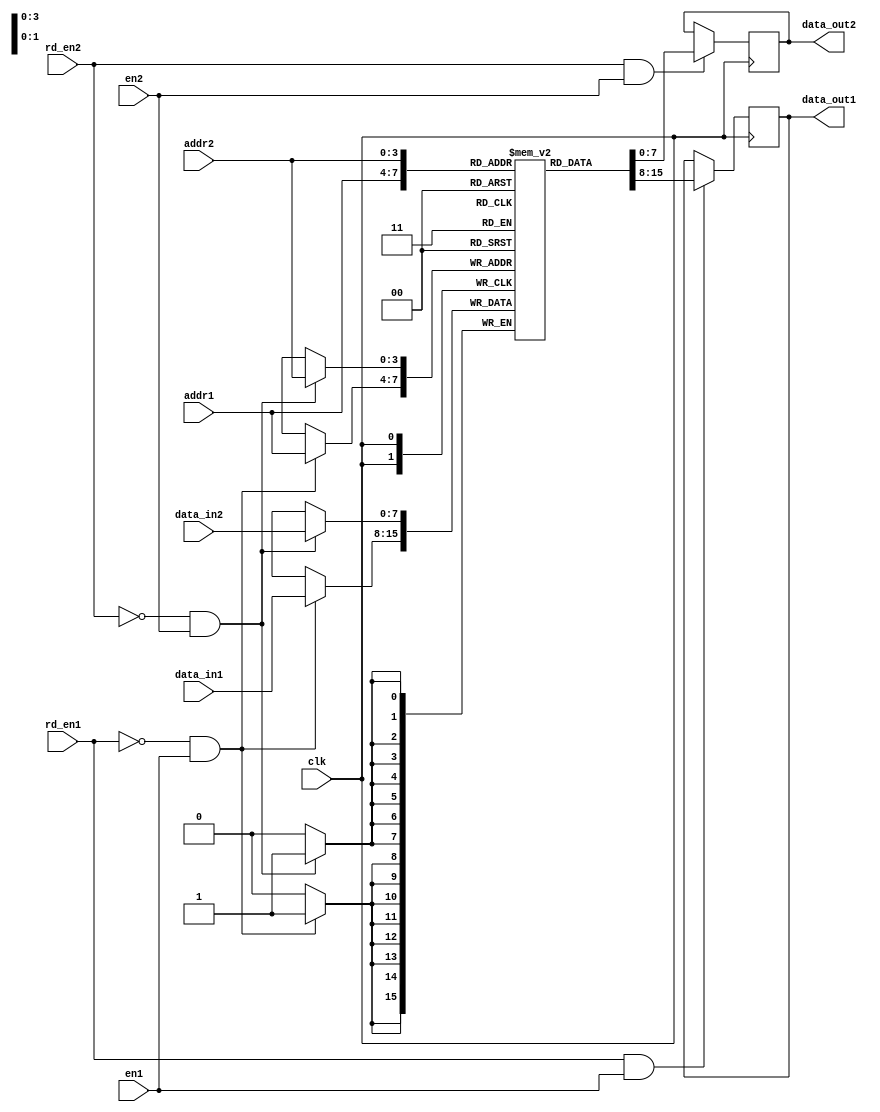
`define WIDTH 8
`define DEPTH 16 
`define ADDR $clog2(`DEPTH)

module Dual_Port_RAM(
    input clk,
    input en1, 
    input en2,
    input rd_en1,
    input rd_en2,
    input [(`ADDR-1):0]addr1,
    input [(`ADDR-1):0]addr2,
    input [(`WIDTH-1):0]data_in1,
    input [(`WIDTH-1):0]data_in2,
    output reg [(`WIDTH-1):0]data_out1,
    output reg [(`WIDTH-1):0]data_out2
    );
    
    reg [(`WIDTH-1):0] Memory_RAM [(`DEPTH-1):0]; 

    always@(posedge clk) begin
        if(rd_en1 && en1)
            data_out1<=Memory_RAM[addr1];
        else;
    end

    always@(posedge clk) begin
        if(!rd_en1 && en1)
            Memory_RAM[addr1]<=data_in1;
        else; 
    end

    always@(posedge clk) begin
        if(rd_en2 && en2)
            data_out2<=Memory_RAM[addr2];
        else;
    end

    always@(posedge clk) begin
        if(!rd_en2 && en2)
            Memory_RAM[addr2]<=data_in2;
        else; 
    end
endmodule